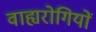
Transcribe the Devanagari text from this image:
वाह्यरोगियों